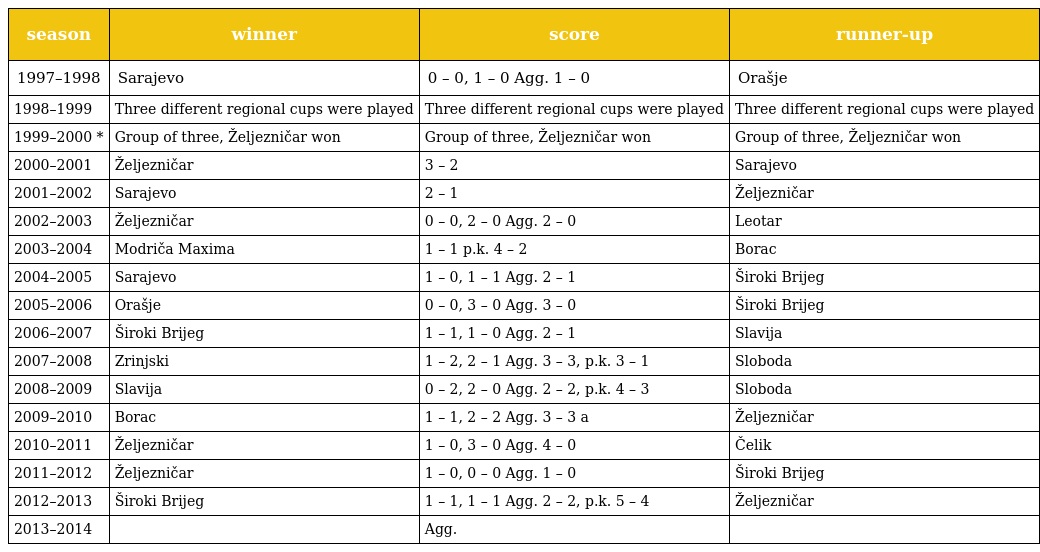
| season | winner | score | runner-up |
 | --- | --- | --- | --- |
 | 1997–1998 | Sarajevo | 0 – 0, 1 – 0 Agg. 1 – 0 | Orašje |
 | 1998–1999 | Three different regional cups were played | Three different regional cups were played | Three different regional cups were played |
 | 1999–2000 * | Group of three, Željezničar won | Group of three, Željezničar won | Group of three, Željezničar won |
 | 2000–2001 | Željezničar | 3 – 2 | Sarajevo |
 | 2001–2002 | Sarajevo | 2 – 1 | Željezničar |
 | 2002–2003 | Željezničar | 0 – 0, 2 – 0 Agg. 2 – 0 | Leotar |
 | 2003–2004 | Modriča Maxima | 1 – 1 p.k. 4 – 2 | Borac |
 | 2004–2005 | Sarajevo | 1 – 0, 1 – 1 Agg. 2 – 1 | Široki Brijeg |
 | 2005–2006 | Orašje | 0 – 0, 3 – 0 Agg. 3 – 0 | Široki Brijeg |
 | 2006–2007 | Široki Brijeg | 1 – 1, 1 – 0 Agg. 2 – 1 | Slavija |
 | 2007–2008 | Zrinjski | 1 – 2, 2 – 1 Agg. 3 – 3, p.k. 3 – 1 | Sloboda |
 | 2008–2009 | Slavija | 0 – 2, 2 – 0 Agg. 2 – 2, p.k. 4 – 3 | Sloboda |
 | 2009–2010 | Borac | 1 – 1, 2 – 2 Agg. 3 – 3 a | Željezničar |
 | 2010–2011 | Željezničar | 1 – 0, 3 – 0 Agg. 4 – 0 | Čelik |
 | 2011–2012 | Željezničar | 1 – 0, 0 – 0 Agg. 1 – 0 | Široki Brijeg |
 | 2012–2013 | Široki Brijeg | 1 – 1, 1 – 1 Agg. 2 – 2, p.k. 5 – 4 | Željezničar |
 | 2013–2014 |  | Agg. |  |